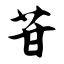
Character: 苷